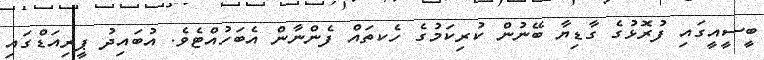
ބީސީއީގައި ފުރޮޅުގެ ގާޑިޔާ ބޭނުން ކުރިކަމުގެ ހެކތައް ފެންނާން އެބަހުއްޓެވެ. އުބައިދު ޕީރިއަޑްގައި